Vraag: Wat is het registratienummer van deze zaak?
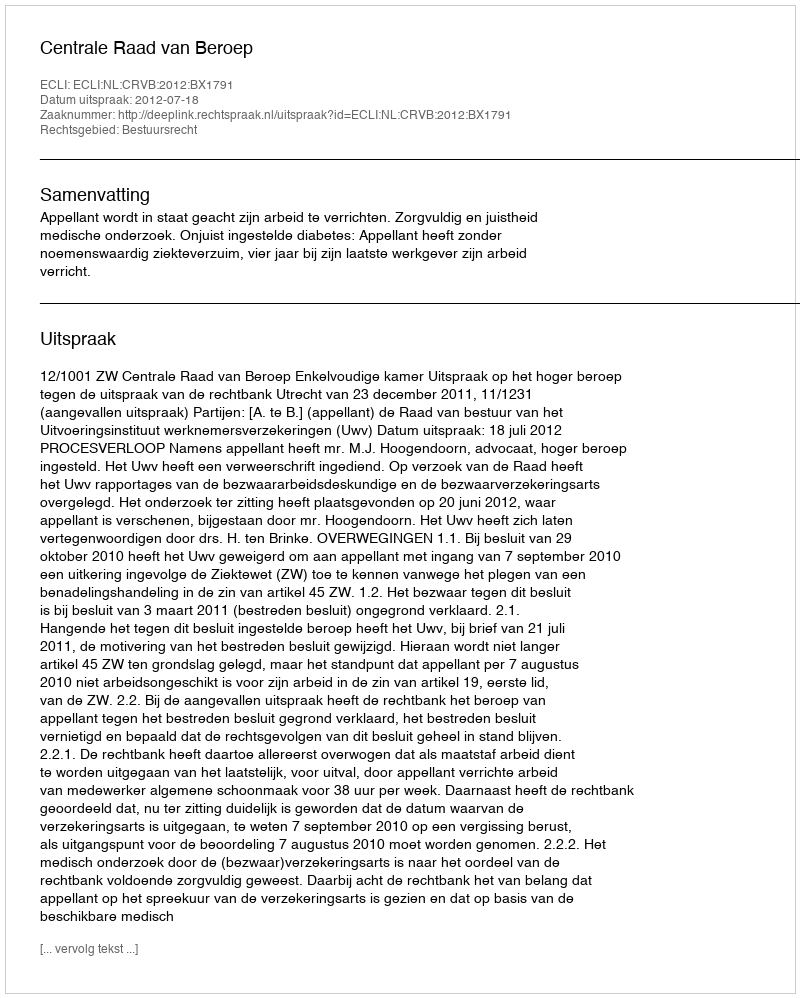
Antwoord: http://deeplink.rechtspraak.nl/uitspraak?id=ECLI:NL:CRVB:2012:BX1791